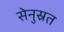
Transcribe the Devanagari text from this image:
सेनुस्रत